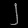
Digit: ၂